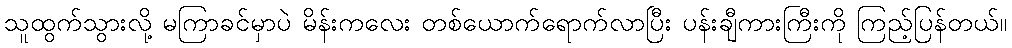
သူထွက်သွားလို့ မကြာခင်မှာပဲ မိန်းကလေး တစ်ယောက်ရောက်လာပြီး ပန်းချီကားကြီးကို ကြည့်ပြန်တယ်။